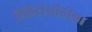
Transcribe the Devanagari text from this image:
ग्लिरीसीडीया